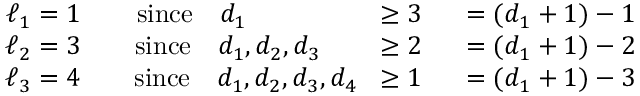
\begin{array} { r l r } { \ell _ { 1 } = 1 } & { } & { \mathrm { s i n c e ~ \ \ } d _ { 1 } \; \; \; \; \; \; \; \; \; \; \; \; \; \; \; \; \; \geq 3 \; \; \; \; \; = ( d _ { 1 } + 1 ) - 1 } \\ { \ell _ { 2 } = 3 } & { } & { \mathrm { s i n c e ~ \ \ } d _ { 1 } , d _ { 2 } , d _ { 3 } \; \; \; \; \; \; \; \geq 2 \; \; \; \; \; = ( d _ { 1 } + 1 ) - 2 } \\ { \ell _ { 3 } = 4 } & { } & { \mathrm { s i n c e ~ \ \ } d _ { 1 } , d _ { 2 } , d _ { 3 } , d _ { 4 } \; \; \geq 1 \; \; \; \; \; = ( d _ { 1 } + 1 ) - 3 } \end{array}